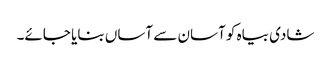
شادی بیاہ کو آسان سے آساں بنایا جائے۔